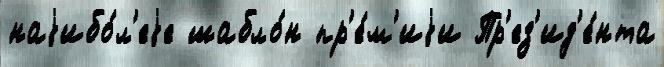
наjибо́л'еjе шабло́н пр'е́м'иjи Пр'ез'ид'е́нта